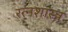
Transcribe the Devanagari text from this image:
रत्नशास्त्र